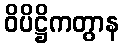
ဝိပိဋ္ဌိကတွာန